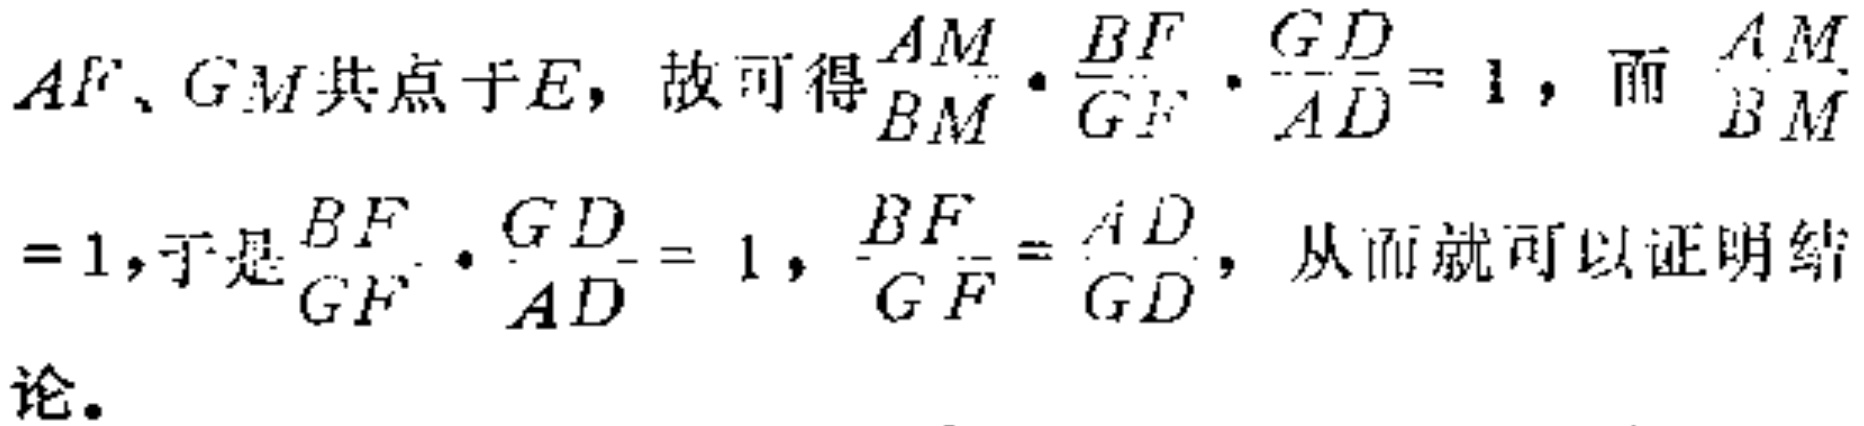
$AF、GM共点于E，故可得\frac{AM}{BM}\cdot\frac{BF}{GF}\cdot\frac{GD}{AD}=1，而\frac{AM}{BM}=1，于是\frac{BF}{GF}\cdot\frac{GD}{AD}=1，\frac{BF}{GF}=\frac{AD}{GD}，从而就可以证明结论。$